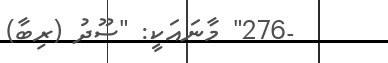
-276" މާނައަކީ: "ސޫދު (ރިބާ)